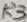
Text: R3